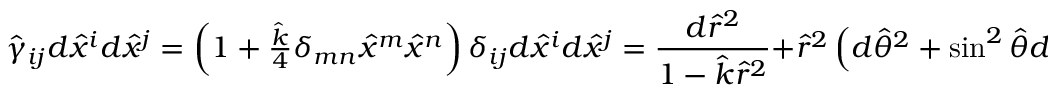
\hat { \gamma } _ { i j } d \hat { x } ^ { i } d \hat { x } ^ { j } = \left( 1 + \textstyle { \frac { \hat { k } } { 4 } } \delta _ { m n } \hat { x } ^ { m } \hat { x } ^ { n } \right) \delta _ { i j } d \hat { x } ^ { i } d \hat { x } ^ { j } = { \frac { d \hat { r } ^ { 2 } } { 1 - \hat { k } \hat { r } ^ { 2 } } } + \hat { r } ^ { 2 } \left( d \hat { \theta } ^ { 2 } + \sin ^ { 2 } \hat { \theta } d \hat { \phi } ^ { 2 } \right) .